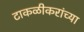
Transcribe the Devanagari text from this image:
टाकळीकरांच्या